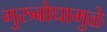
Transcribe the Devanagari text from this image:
गुरुबोधामुळे